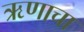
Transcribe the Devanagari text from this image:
ऋणाचा